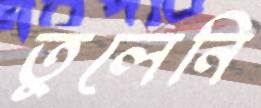
তুলেনি